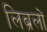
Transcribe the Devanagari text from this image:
लिब्रलों